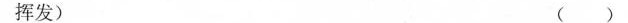
挥发) ( )